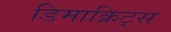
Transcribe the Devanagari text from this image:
डिमाक्रिट्स